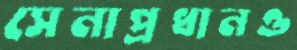
সেনাপ্রধানও